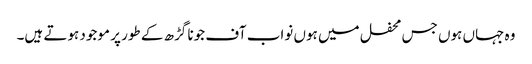
وہ جہاں ہوں جس محفل میں ہوں نواب آف جونا گڑھ کے طور پر موجود ہوتے ہیں۔